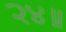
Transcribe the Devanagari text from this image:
२४॥